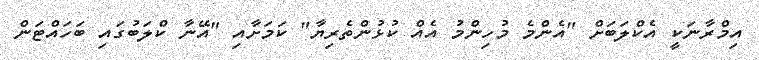
އިމްރާނަކީ އެކްލަބަށް "އެންމެ މުހިންމު އެއް ކުޅުންތެރިޔާ" ކަމަށާއި "އޭނާ ކްލަބުގައި ބަހައްޓަން